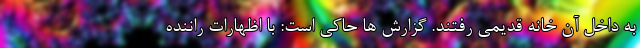
به داخل آن خانه قدیمی رفتند. گزارش ها حاکی است: با اظهارات راننده